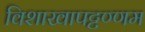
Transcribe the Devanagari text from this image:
विशाखापट्टण्णम